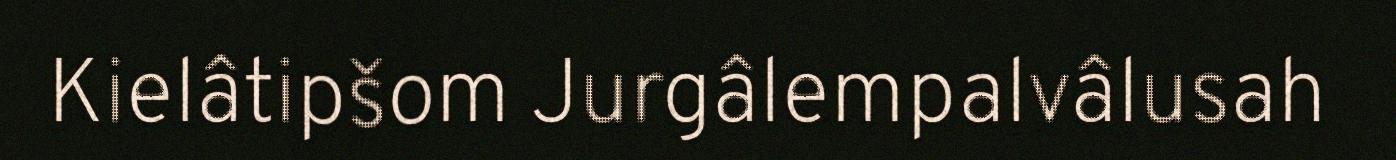
Kielâtipšom Jurgâlempalvâlusah